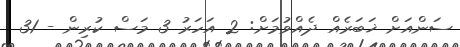
ސަންއަށް ޚަބަރެއް ދެއްވުމަށް: 2 އަހަރު 3 މަސް ކުރިން - 31